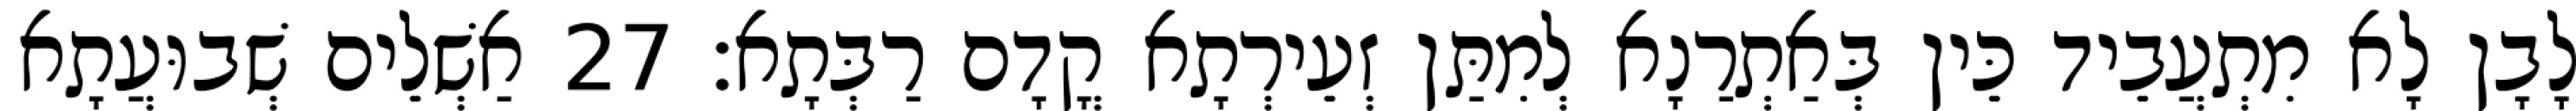
לָבָן לָא מִתְעֲבֵיד כֵּין בְּאַתְרַנָא לְמִתַּן זְעֵירְתָא קֳדָם רַבְּתָא׃ 27 אַשְׁלֵים שְׁבוּעֲתָא